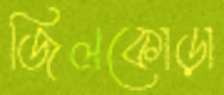
জিলকোড়া